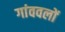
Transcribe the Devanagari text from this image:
गांववलों